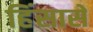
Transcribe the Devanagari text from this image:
हिंसासे